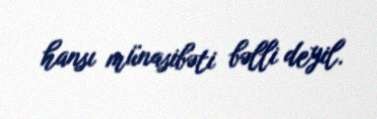
hansı münasibəti bəlli deyil.